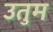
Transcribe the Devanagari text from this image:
उतुम